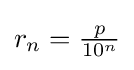
r_{n}=\textstyle {\frac {p}{10^{n}}}